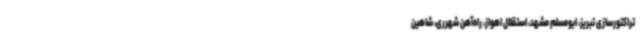
تراکتورسازی تبریز، ابومسلم مشهد، استقلال اهواز، راه‌آهن شهرری، شاهین